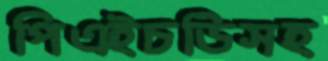
পিএইচডিসহ